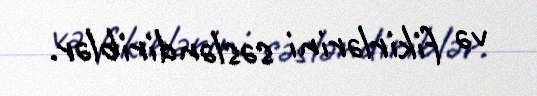
və fikirlərini səsləndiriblər.